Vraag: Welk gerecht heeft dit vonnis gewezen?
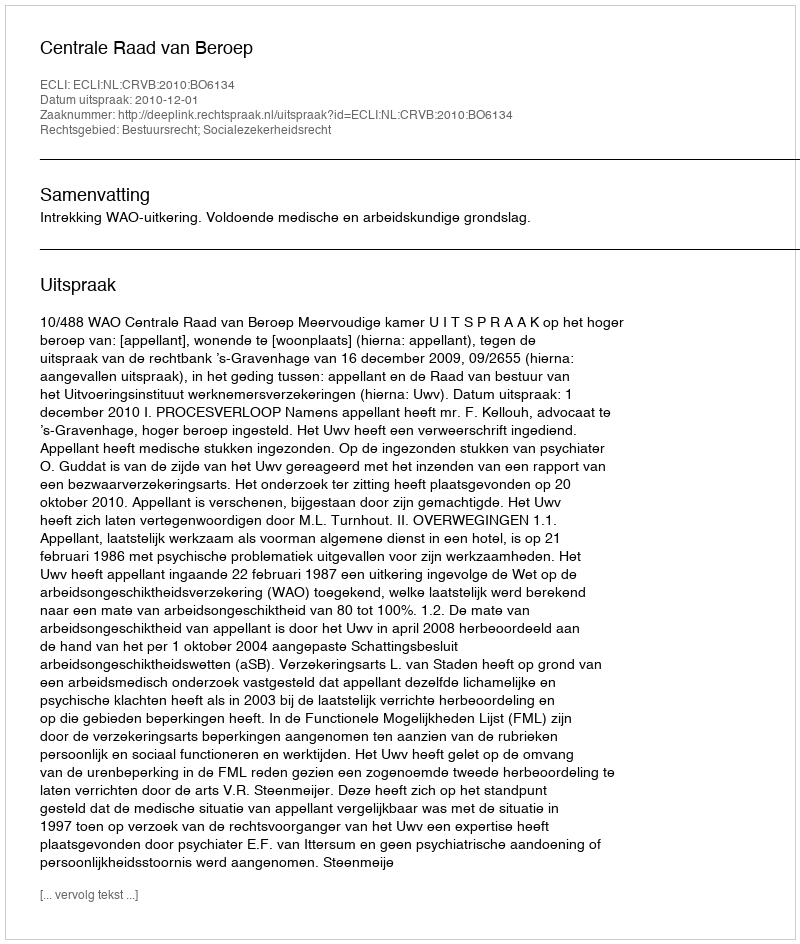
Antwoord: Centrale Raad van Beroep